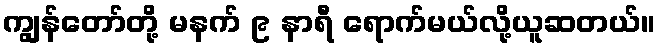
ကျွန်တော်တို့ မနက် ၉ နာရီ ရောက်မယ်လို့ယူဆတယ်။